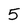
Character: 5